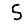
Digit: 5